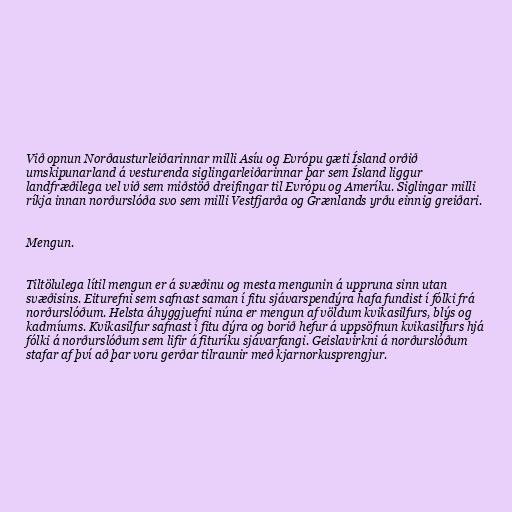
Við opnun Norðausturleiðarinnar milli Asíu og Evrópu gæti Ísland orðið
umskipunarland á vesturenda siglingarleiðarinnar þar sem Ísland liggur
landfræðilega vel við sem miðstöð dreifingar til Evrópu og Ameríku. Siglingar milli
ríkja innan norðurslóða svo sem milli Vestfjarða og Grænlands yrðu einnig greiðari.

Mengun.

Tiltölulega lítil mengun er á svæðinu og mesta mengunin á uppruna sinn utan
svæðisins. Eiturefni sem safnast saman í fitu sjávarspendýra hafa fundist í fólki frá
norðurslóðum. Helsta áhyggjuefni núna er mengun af völdum kvikasilfurs, blýs og
kadmíums. Kvikasilfur safnast í fitu dýra og borið hefur á uppsöfnun kvikasilfurs hjá
fólki á norðurslóðum sem lifir á fituríku sjávarfangi. Geislavirkni á norðurslóðum
stafar af því að þar voru gerðar tilraunir með kjarnorkusprengjur.